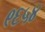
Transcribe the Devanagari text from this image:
९६५४